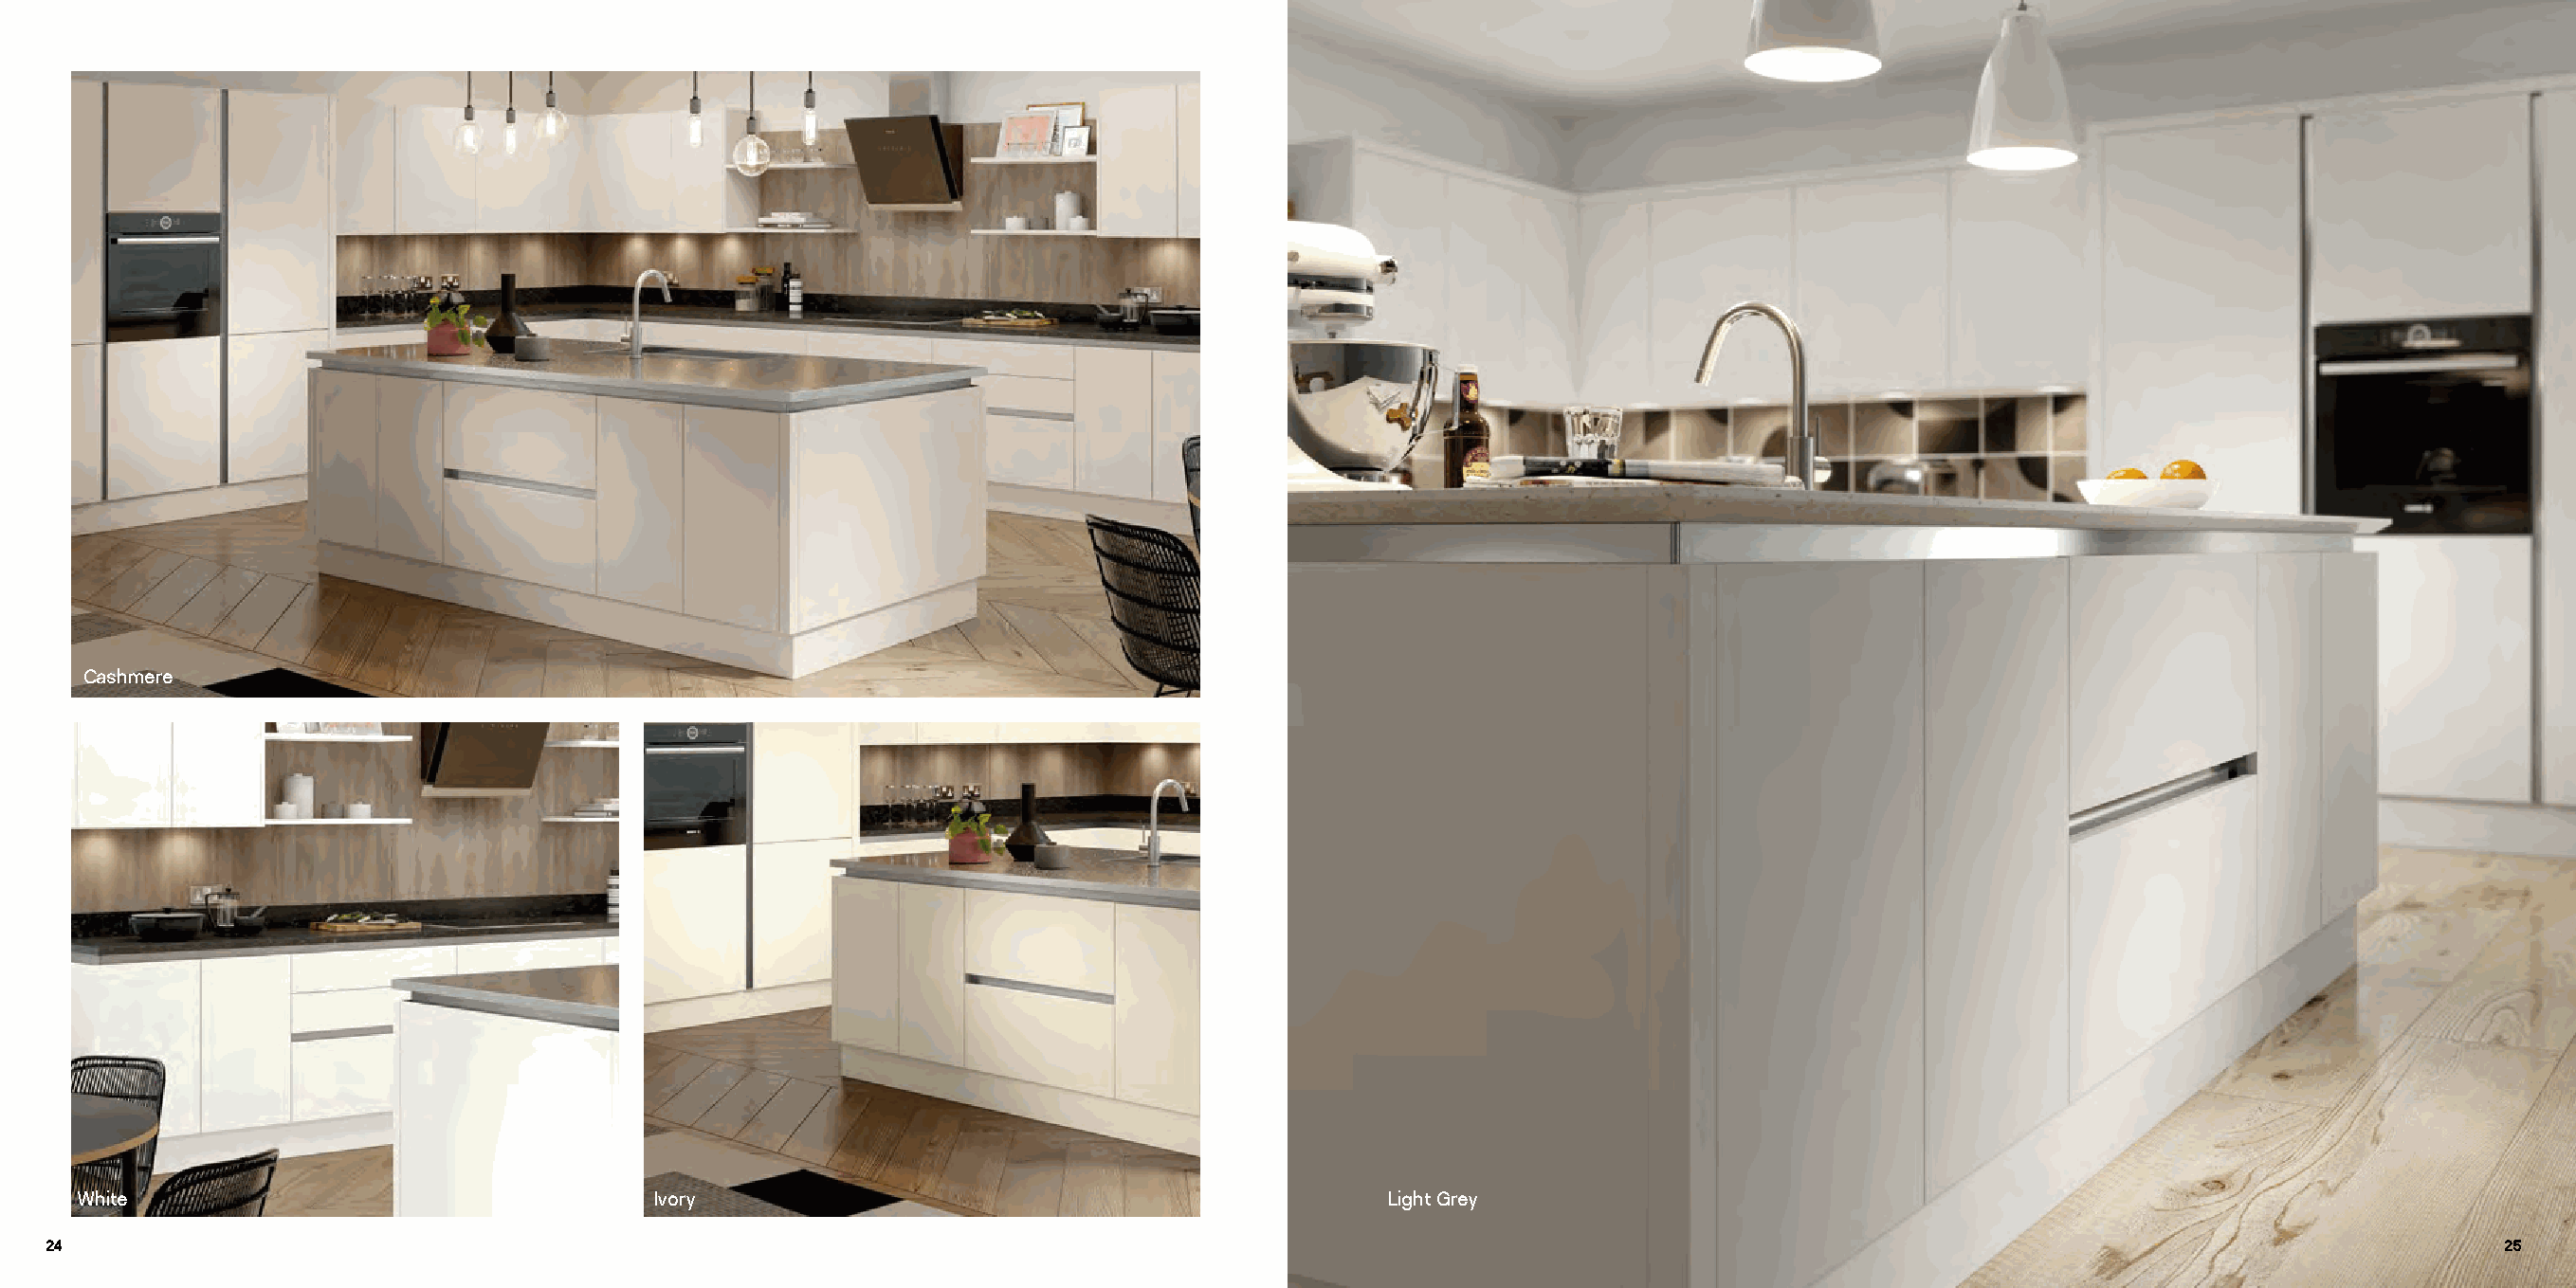
Cashmere
 White                                    Ivory                                              Light Grey
 24                                                                                                                                                                          25